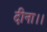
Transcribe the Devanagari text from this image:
दीना।।